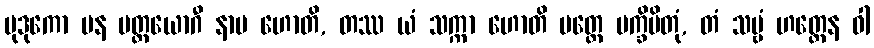
မုဒုကော ပန ပတ္တယောဂီ နာမ ဟောတိ, တဿ ယံ သက္ကာ ဟောတိ ပတ္တေ ပက္ခိပိတုံ, တံ သဗ္ဗံ ဟတ္ထေန ဝါ